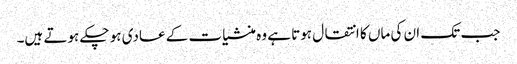
جب تک ان کی ماں کا انتقال ہوتا ہے وہ منشیات کے عادی ہو چکے ہوتے ہیں۔